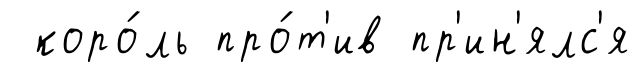
коро́ль про́т'ив пр'ин'ялс'я